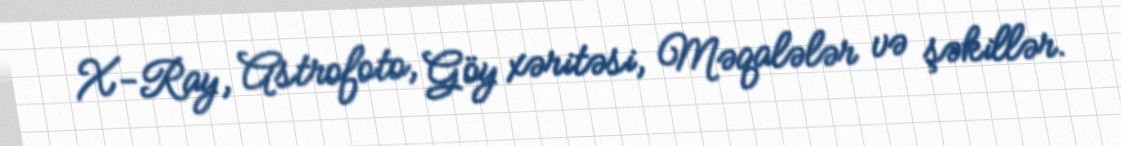
X-Ray, Astrofoto, Göy xəritəsi, Məqalələr və şəkillər.